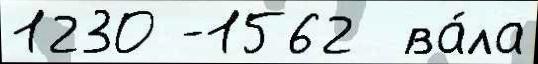
1230 -1562  ва́ла